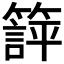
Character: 𬕱